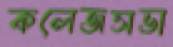
কলেজসভা